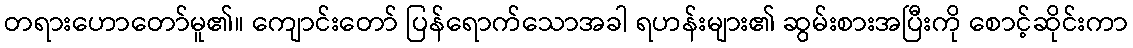
တရားဟောတော်မူ၏။ ကျောင်းတော် ပြန်ရောက်သောအခါ ရဟန်းများ၏ ဆွမ်းစားအပြီးကို စောင့်ဆိုင်းကာ